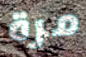
مرة